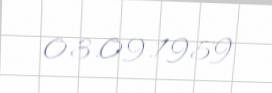
03.09.1959